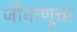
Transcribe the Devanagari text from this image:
जीवाणुचा